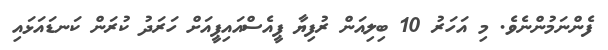
ފެންނަމުންނެވެ. މި އަހަރު 10 ބިލިއަން ރުފިޔާ ޕީއެސްއައިޕީއަށް ހަރަދު ކުރަން ކަނޑައަޅައި